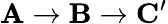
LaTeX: \mathbf{A}\to\mathbf{B}\to\mathbf{C^{\prime}}